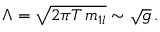
\Lambda = \sqrt { 2 \pi T \, m _ { 1 l } } \sim \sqrt { g } \, .